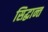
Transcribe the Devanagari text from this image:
सिद्घान्त